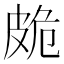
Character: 𭽩